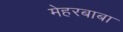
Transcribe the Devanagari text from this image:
मेहरबाबा